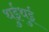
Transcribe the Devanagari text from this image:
थुईथुई